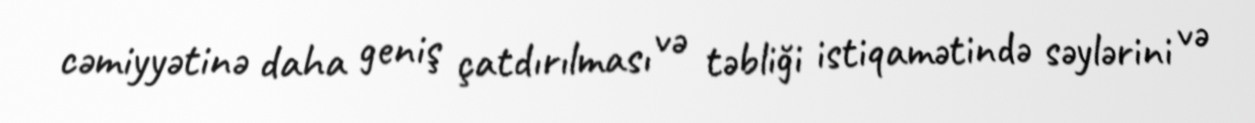
cəmiyyətinə daha geniş çatdırılması və təbliği istiqamətində səylərini və